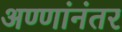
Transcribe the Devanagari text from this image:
अण्णांनंतर